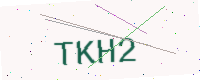
Text: TKH2